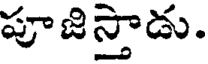
పూజిస్తాడు.